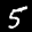
Label: 5